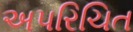
અપરિચિત